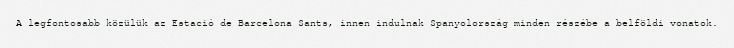
A legfontosabb közülük az Estació de Barcelona Sants, innen indulnak Spanyolország minden részébe a belföldi vonatok.